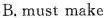
B.must make